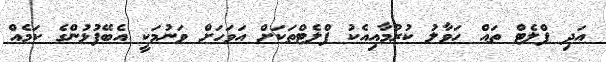
އަދި ފްލެޓް ތައް ހަވާލު ކުރުމާއިއެކު ފްލެޓްތަކަށް އަވަހަށް ވަނުމަކީ އެބޭފުޅުންގެ ކަމެއް